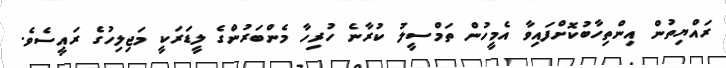
ރައްޔިތުން އިންތިހާބުކޮށްފައިވާ އެމީހުން ތަމްސީލު ކުރާނެ ހުރިހާ މެންބަރުންގެ ލީޑަރަކީ މަޖިލިހުގެ ރައީސެވެ.